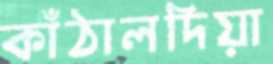
কাঁঠালদিয়া